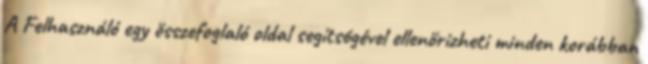
A Felhasználó egy összefoglaló oldal segítségével ellenőrizheti minden korábban